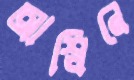
আশ্বিনে